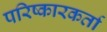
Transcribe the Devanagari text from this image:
परिष्कारकर्ता